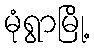
မုံရွာမြို့